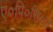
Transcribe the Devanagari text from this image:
ए०पि०सि०ए